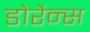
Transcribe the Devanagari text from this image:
डोरैन्स